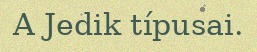
A Jedik típusai.